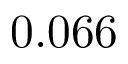
0 . 0 6 6